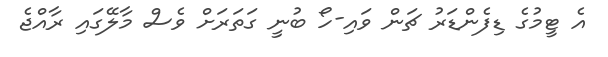
އެ ޓީމުގެ ޑިފެންޑަރު ޗަން ވައި-ހޯ ބުނީ ގަތަރަށް ވެސް މާލޭގައި ރާއްޖެ